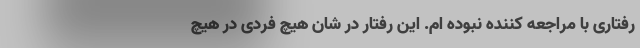
رفتاری با مراجعه کننده نبوده ام. این رفتار در شان هیچ فردی در هیچ